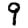
Digit: 9